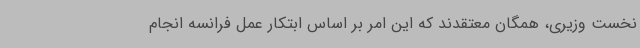
نخست وزیری، همگان معتقدند که این امر بر اساس ابتکار عمل فرانسه انجام